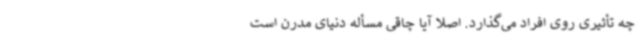
چه تأثیری روی افراد می‌گذارد. اصلاً آیا چاقی مسأله دنیای مدرن است